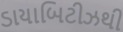
ડાયાબિટીઝથી